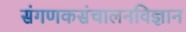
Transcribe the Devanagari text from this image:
संगणकसंचालनविज्ञान